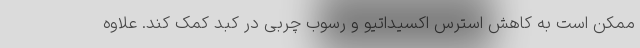
ممکن است به کاهش استرس اکسیداتیو و رسوب چربی در کبد کمک کند. علاوه